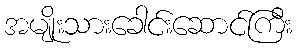
အမျိုးသားခေါင်းဆောင်ကြီး